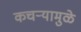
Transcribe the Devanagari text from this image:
कचर्‍यामुळे